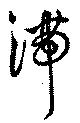
滞